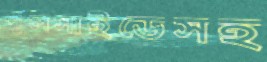
পুলসাইডেসহ